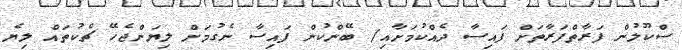
ސްކޫލުން ފަރާތްފަރާތަށް ފައިސާ ދެއްކުމަށާއި/ ބޭންކުން ފައިސާ ނެގުމަށް ލިޔަންޖެހޭ ޗެކުތައް ލިޔެ